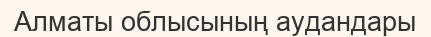
Алматы облысының аудандары